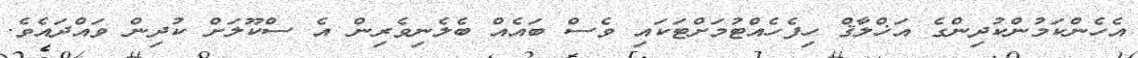
އެހެންކަމުންކުދިންގެ އަޚްލާޤް ހިފެހެއްޓުމަށްޓަކައި ވެސް ބައެއް ބެލެނިވެރިން އެ ސްކޫލަށް ކުދިން ވައްދައެވެ.